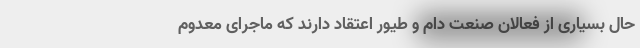
حال بسیاری از فعالان صنعت دام و طیور اعتقاد دارند که ماجرای معدوم